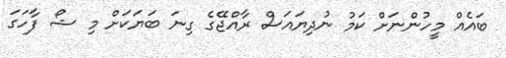
ބައެއް މީހުންނަށް ކަމު ނުދިޔައަސް ރާއްޖޭގެ ގިނަ ބަޔަކަށް މި ޝޯ ފާހަގަ